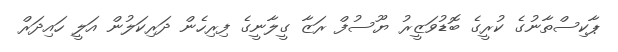
ޕާކިސްތާނުގެ ކުރީގެ ބޮޑުވަޒީރު ޔޫސުފް ރަޒާ ގީލާނީގެ ފިރިހެން ދަރިކަލުން އަލީ ހައިދަރް